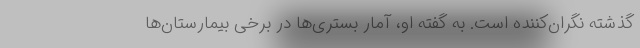
گذشته نگران‌کننده است. به‌ گفته او، آمار بستری‌ها در برخی بیمارستان‌ها